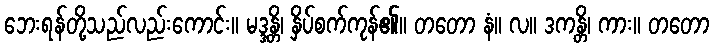
ဘေးရန်တို့သည်လည်းကောင်း။ မဒ္ဒန္တိ၊ နှိပ်စက်ကုန်၏။ တတော နံ။ လ။ ဒကန္တိ၊ ကား။ တတော